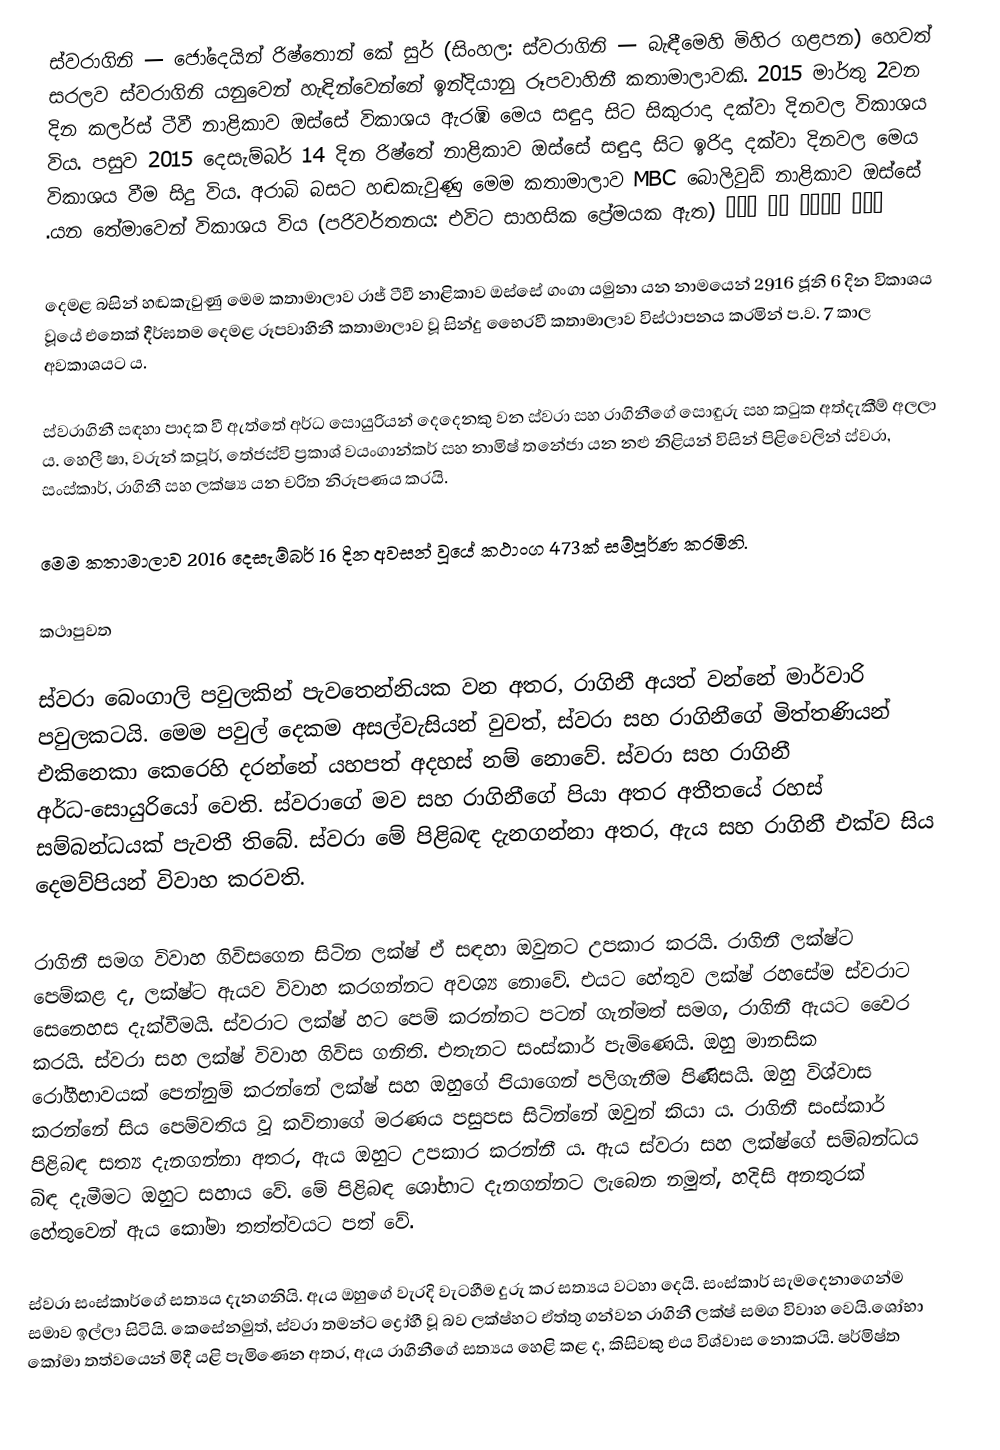
ස්වරාගිනි — ජෝදෙයින් රිෂ්තොන් කේ සුර් (සිංහල: ස්වරාගිනි — බැඳීමෙහි මිහිර ගළපන) හෙවත් සරලව ස්වරාගිනි යනුවෙන් හැඳින්වෙන්නේ ඉන්දියානු රූපවාහිනී කතාමාලාවකි. 2015 මාර්තු 2වන දින කලර්ස් ටීවී නාළිකාව ඔස්සේ විකාශය ඇරඹි මෙය සඳුදා සිට සිකුරාදා දක්වා දිනවල විකාශය විය. පසුව 2015 දෙසැම්බර් 14 දින රිෂ්තේ නාළිකාව ඔස්සේ සඳුදා සිට ඉරිදා දක්වා දිනවල මෙය විකාශය වීම සිදු විය. අරාබි බසට හඬකැවුණු මෙම කතාමාලාව MBC බොලිවුඩ් නාළිකාව ඔස්සේ ومن الحب ما قتل (පරිවර්තනය: එවිට සාහසික ප්‍රේමයක ඇත) යන තේමාවෙන් විකාශය විය.

දෙමළ බසින් හඬකැවුණු මෙම කතාමාලාව රාජ් ටීවී නාළිකාව ඔස්සේ ගංගා යමුනා යන නාමයෙන් 2916 ජූනි 6 දින විකාශය වූයේ එතෙක් දීර්ඝතම දෙමළ රූපවාහිනී කතාමාලාව වූ සින්දු භෛරවී කතාමාලාව විස්ථාපනය කරමින් ප.ව. 7 කාල අවකාශයට ය.

ස්වරාගිනී සඳහා පාදක වී ඇත්තේ අර්ධ සොයුරියන් දෙදෙනකු වන ස්වරා සහ රාගිනීගේ සොඳුරු සහ කටුක අත්දැකීම් අලලා ය. හෙලී ෂා, වරුන් කපූර්, තේජස්වි ප්‍රකාශ් වයංගාන්කර් සහ නාමිෂ් තනේජා යන නළු නිළියන් විසින් පිළිවෙලින් ස්වරා, සංස්කාර්, රාගිනී සහ ලක්ෂ්‍ය යන චරිත නිරූපණය කරයි.

මෙම කතාමාලාව 2016 දෙසැම්බර් 16 දින අවසන් වූයේ කථාංග 473ක් සම්පූර්ණ කරමිනි.

කථාපුවත

ස්වරා බෙංගාලි පවුලකින් පැවතෙන්නියක වන අතර, රාගිනී අයත් වන්නේ මාර්වාරි පවුලකටයි. මෙම පවුල් දෙකම අසල්වැසියන් වුවත්, ස්වරා සහ රාගිනීගේ මිත්තණියන් එකිනෙකා කෙරෙහි දරන්නේ යහපත් අදහස් ‍නම් නොවේ. ස්වරා සහ රාගිනී අර්ධ-‍සොයුරියෝ වෙති. ස්වරාගේ මව සහ රාගිනීගේ පියා අතර අතීතයේ රහස් සම්බන්ධයක් පැවතී තිබේ. ස්වරා මේ පිළිබඳ දැනගන්නා අතර, ඇය සහ රාගිනී එක්ව සිය දෙමව්පියන් විවාහ කරවති.

රාගිනී සමග විවාහ ගිවිසගෙන සිටින ලක්ෂ් ඒ සඳහා ඔවුනට උපකාර කරයි. රාගිනී ලක්ෂ්ට පෙම්කළ ද, ලක්ෂ්ට ඇයව විවාහ කරගන්නට අවශ්‍ය නොවේ. එයට හේතුව ලක්ෂ් රහසේම ස්වරාට සෙනෙහස දැක්වීමයි. ස්වරාට ලක්ෂ් හට පෙම් කරන්නට පටන් ගැන්මත් සමග, රාගිනී ඇයට වෛර කරයි. ස්වරා සහ ලක්ෂ් විවාහ ගිවිස ගනිති. එතැනට සංස්කාර් පැමිණෙයි. ඔහු මානසික රෝගීභාවයක් පෙන්නුම් කරන්නේ ලක්ෂ් සහ ඔහුගේ පියාගෙන් පලිගැනීම පිණිසයි. ඔහු විශ්වාස කරන්නේ සිය පෙම්වතිය වූ කවිතාගේ මරණය පසුපස සිටින්නේ ඔවුන් කියා ය. රාගිනී සංස්කාර් පිළිබඳ සත්‍ය දැනගන්නා අතර, ඇය ඔහුට උපකාර කරන්නී ය. ඇය ස්වරා සහ ලක්ෂ්ගේ සම්බන්ධය බිඳ දැමීමට ඔහුට සහාය වේ. මේ පිළිබඳ ශෝභාට දැනගන්නට ලැබෙන නමුත්, හදිසි අනතුරක් හේතුවෙන් ඇය කෝමා තත්ත්වයට පත් වේ.

ස්වරා සංස්කාර්ගේ සත්‍යය දැනගනියි. ඇය ඔහුගේ වැරදි වැටහීම දුරු කර සත්‍යය වටහා දෙයි. සංස්කාර් සැමදෙනාගෙන්ම සමාව ඉල්ලා සිටියි. කෙසේනමුත්, ස්වරා තමන්ට ද්‍රෝහී වූ බව ලක්ෂ්හට ඒත්තු ගන්වන රාගිනී ලක්ෂ් සමග විවාහ වෙයි.ශෝභා කෝමා තත්වයෙන් මිදී යළි පැමිණෙන අතර, ඇය රාගිනීගේ සත්‍යය හෙළි කළ ද, කිසිවකු එය විශ්වාස නොකරයි. ෂර්මිෂ්ත